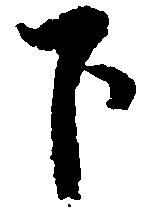
下